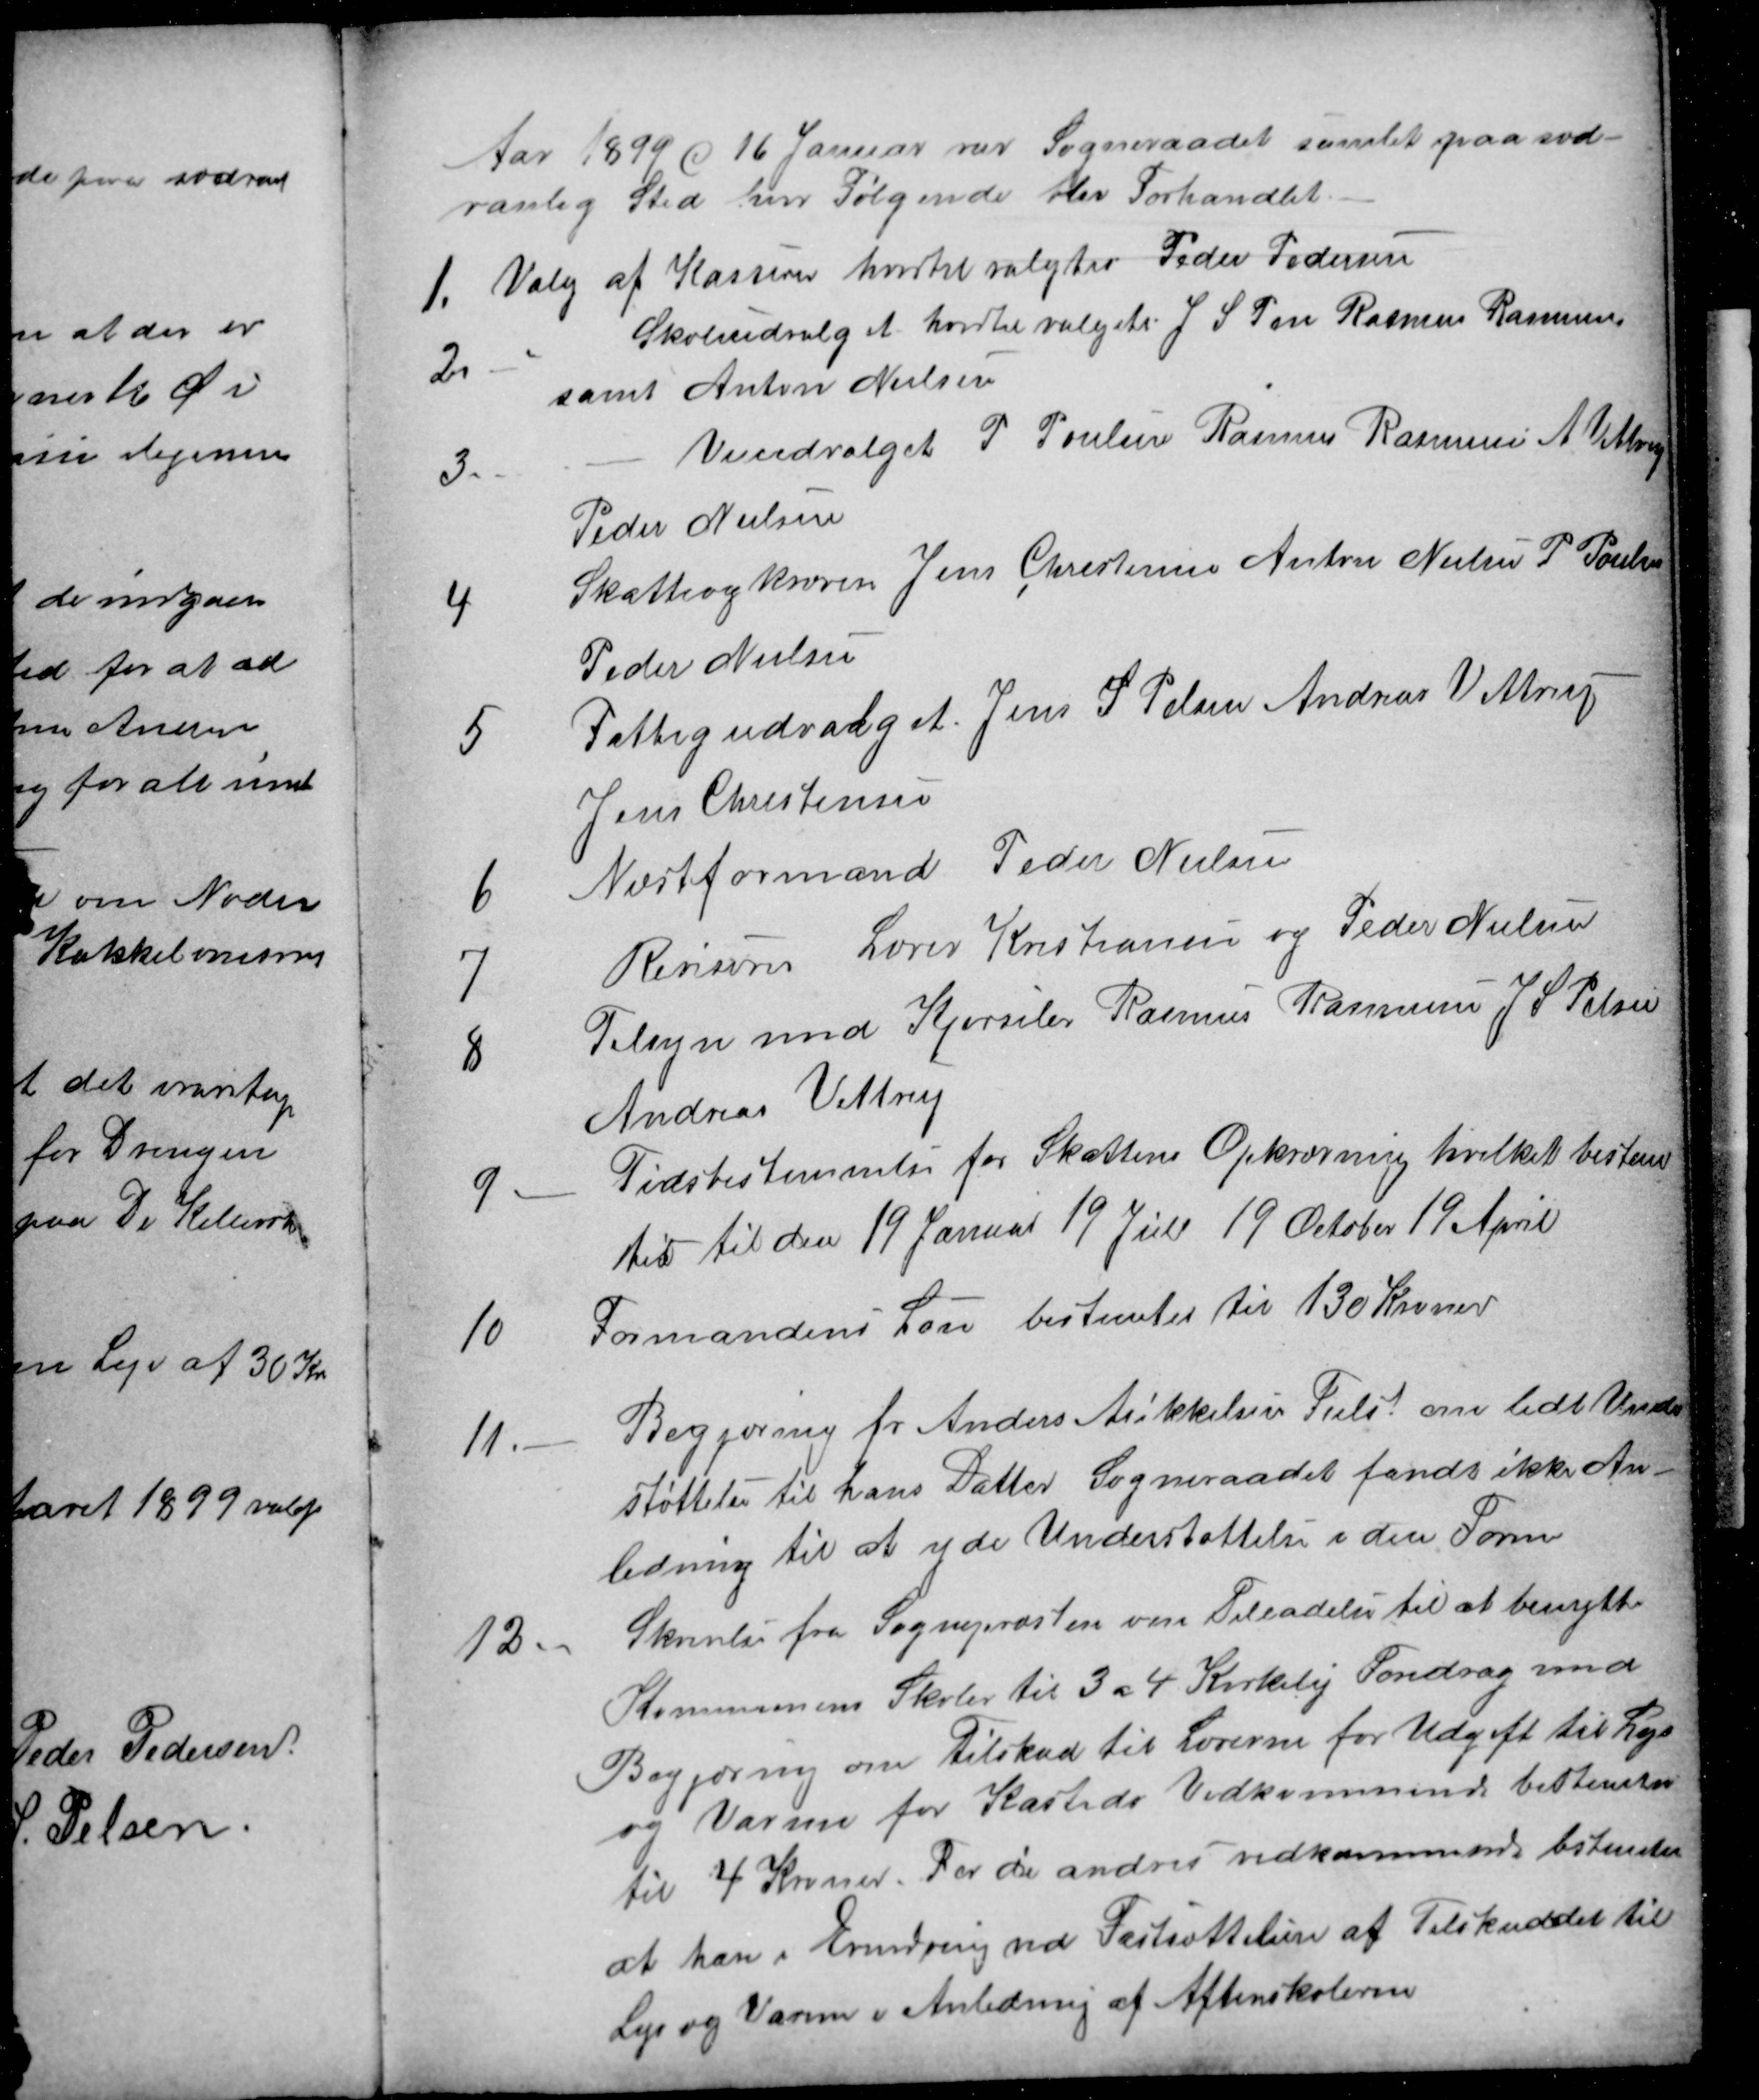
Transskription:
Aar 1899 d 16 Januar var Sogneraadet samlet paa sæd-
vanlig Sted hvor Følgende blev Forhandlet.
1.
Valg af Kasserer hvortil valgtes Peder Pedersen
2.
Skoleudvalget hvortil valgets J. S. Pen Rasmus Rasmussen
samt Anton Nielsen
3.
Veiudvalget P. Poulsen Rasmus Rasmussen A. Vittrup
Peder Nielsen
4
Skatteopkræver Jens Christensen Anton Nielsen P Poulsen
Peder Nielsen
5
Fattigudvalget Jens S. Pelsen Andreas Vittrup
Jens Christensen
6
Næstformand Peder Nielsen
7
Revisorer Lærer Kristiansen og Peder Nielsen
8
Tilsyn med Kjørseler Rasmus Rasmussen J. S. Pelsen
Andreas Vittrup
9
Tidsbestemmelse for Skattens Opkrævning hvilket bestem
tes til den 19 Januar 19 Juli 19 October 19 April
10
Formandens Løn bestemtes til 130 Kroner
11.
Begjæring for Anders Mikkelsen Tiilst om lidt Under
støttelse til hans Datter Sogneraadet fandt ikke An-
ledning til at yde Understøttelse i den Form
12.
Skrivelse fra Sognepræsten om Tilladelse til at benytte
Kommunens Skoler til 3 a 4 Kirkelig Foredrag med
Begjæring om Tilskud til Lærerne for Udgift til Lys
og Varme for Kasteds Vedkommende bestemtes
til 4 Kroner. For de andres vedkommende bestemtes
at have i Erindring ved Fastsættelsen af Tilskuddet til
Lys og Varme i Anledning af Aftenskolerne